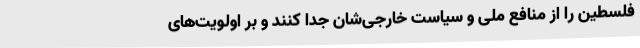
فلسطین را از منافع ملی‌ و سیاست خارجی‌شان جدا کنند و بر اولویت‌های